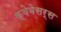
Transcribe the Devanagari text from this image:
क्वेबेसर्स